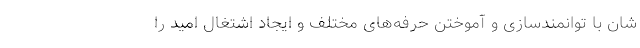
شان با توانمند‌سازی و آموختن حرفه‌های مختلف و ایجاد اشتغال امید را